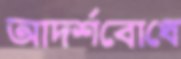
আদর্শবোধে